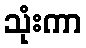
သုံးကာ